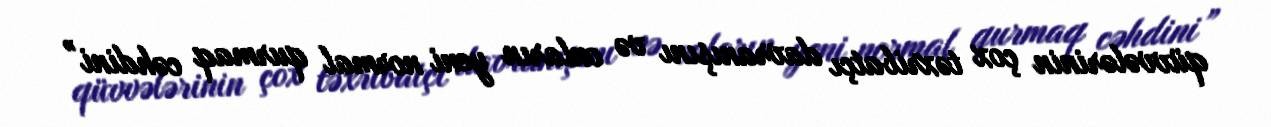
qüvvələrinin çox təxribatçı davranışını və onların yeni normal qurmaq cəhdini”